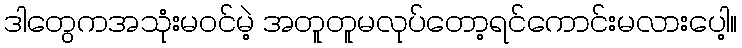
ဒါတွေကအသုံးမဝင်မဲ့ အတူတူမလုပ်တော့ရင်ကောင်းမလားပေါ့။